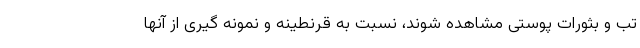
تب و بثورات پوستی مشاهده شوند، نسبت به قرنطینه و نمونه گیری از آنها